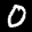
Label: 0